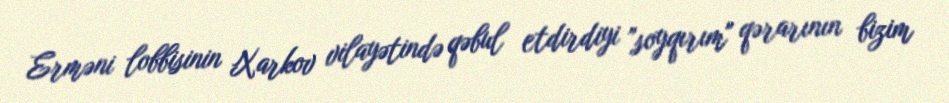
Erməni lobbisinin Xarkov vilayətində qəbul etdirdiyi ”soyqırım" qərarının bizim